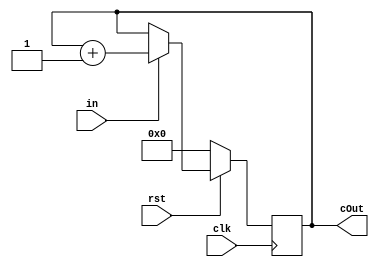
//ECE 5440
//Omar Baig 8007
//counts from 0 to 15 based on button input
//overflow causes cout to go back to 0
module counter(clk, rst, in, cOut);

	input clk, rst, in;

	output [3:0] cOut;
	reg	   [3:0] cOut;

	always @(posedge clk)
		begin
			if(rst == 0)
				cOut <= 0;
			else if(in == 1'b1)
				cOut <= cOut + 1;
		end
endmodule